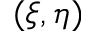
( \xi , \eta )